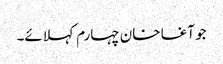
جو آغا خان چہارم کہلائے۔